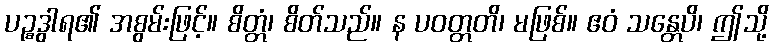
ပဉ္စဒွါရ၏ အစွမ်းဖြင့်။ စိတ္တံ၊ စိတ်သည်။ န ပဝတ္တတိ၊ မဖြစ်။ ဧဝံ သန္တေပိ၊ ဤသို့